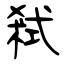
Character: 弒